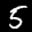
Label: 5